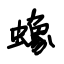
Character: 蟓